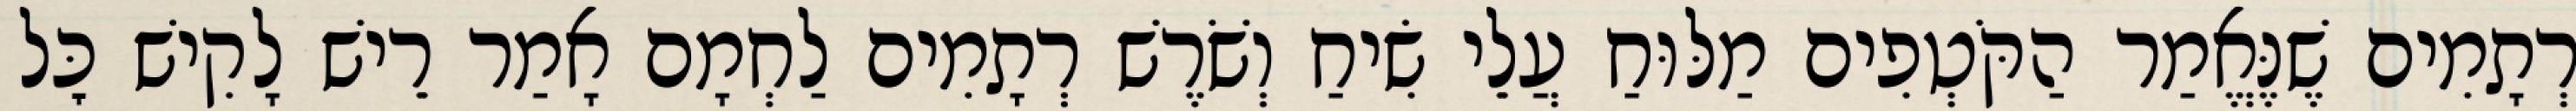
רְתָמִים שֶׁנֶּאֱמַר הַקֹּטְפִים מַלּוּחַ עֲלֵי שִׂיחַ וְשֹׁרֶשׁ רְתָמִים לַחְמָם אָמַר רֵישׁ לָקִישׁ כׇּל